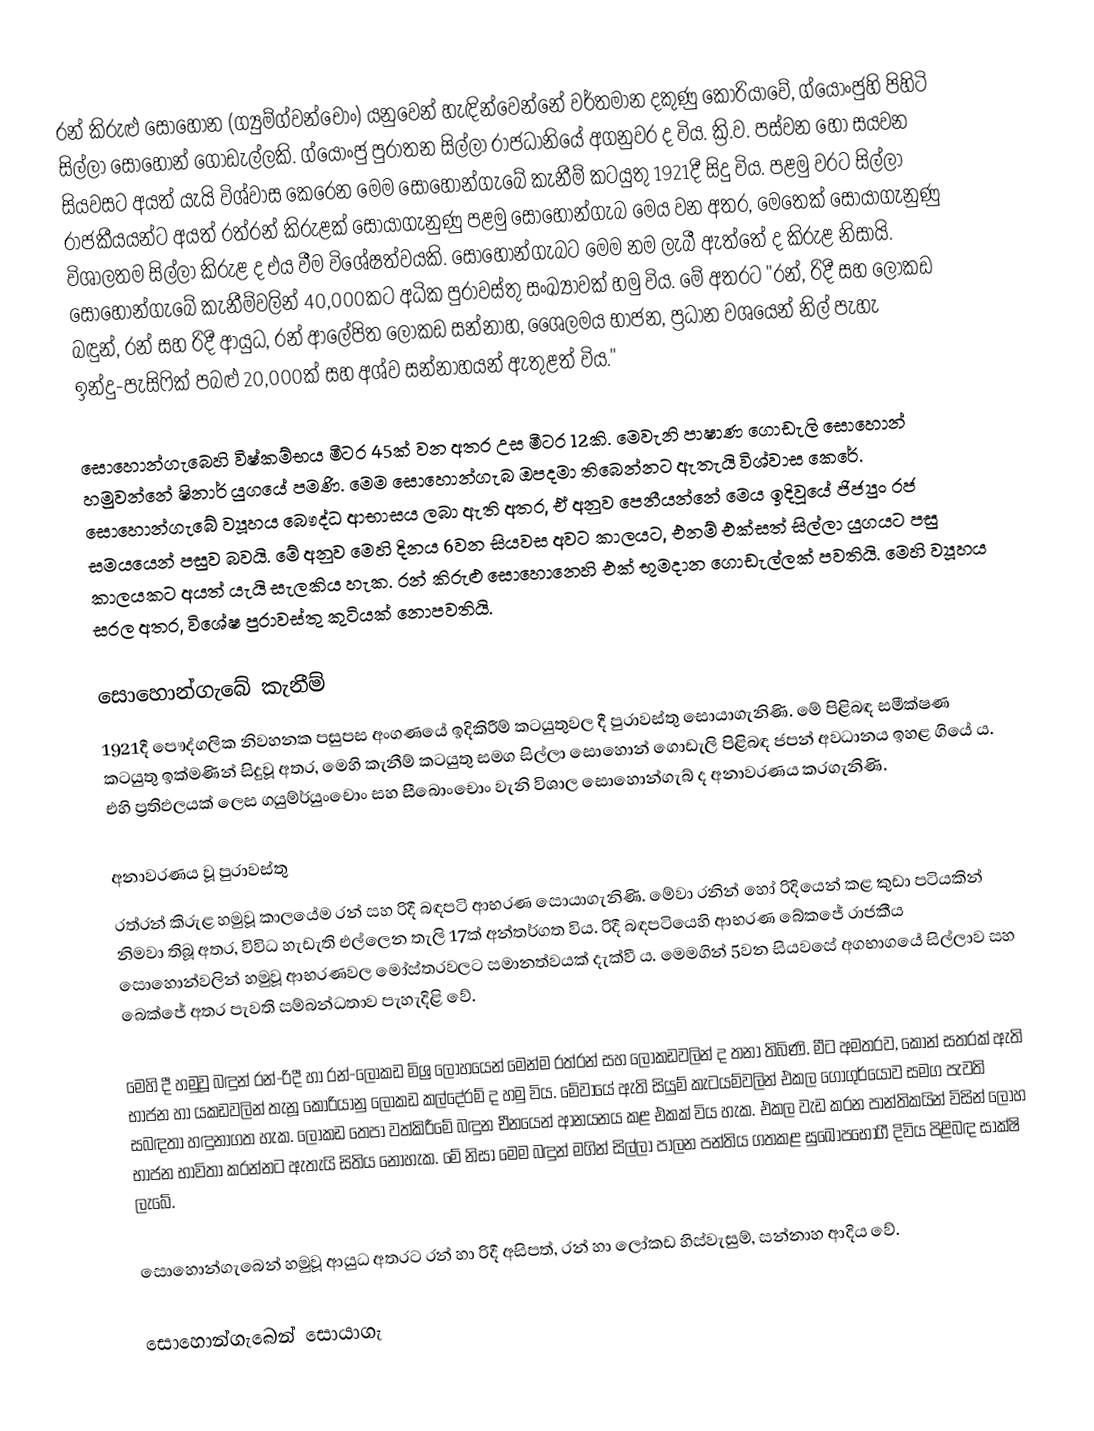
රන් කිරුළු සොහොන (ග්‍යුම්ග්වන්චොං) යනුවෙන් හැඳින්වෙන්නේ වර්තමාන දකුණු කොරියාවේ, ග්යොංජුහි පිහිටි සිල්ලා සොහොන් ගොඩැල්ලකි. ග්යොංජු පුරාතන සිල්ලා රාජධානියේ අගනුවර ද විය. ක්‍රි.ව. පස්වන හෝ සයවන සියවසට අයත් යැයි විශ්වාස කෙරෙන මෙම සොහොන්ගැබේ කැනීම් කටයුතු 1921දී සිදු විය. පළමු වරට සිල්ලා රාජකීයයන්ට අයත් රත්රන් කිරුළක් සොයාගැනුණු පළමු සොහොන්ගැබ මෙය වන අතර, මෙතෙක් සොයාගැනුණු විශාලතම සිල්ලා කිරුළ ද එය වීම විශේෂත්වයකි. සොහොන්ගැබට මෙම නම ලැබී ඇත්තේ ද කිරුළ නිසායි. සොහොන්ගැබේ කැනීම්වලින් 40,000කට අධික පුරාවස්තු සංඛ්‍යාවක් හමු විය. මේ අතරට "රන්, රිදී සහ ලෝකඩ බඳුන්, රන් සහ රිදී ආයුධ, රන් ආ‍ලේපිත ලෝකඩ සන්නාහ, ශෛලමය භාජන, ප්‍රධාන වශයෙන් නිල් පැහැ ඉන්දු-පැසිෆික් පබළු 20,000ක් සහ අශ්ව සන්නාහයන් ඇතුළත් විය."

සොහොන්ගැබෙහි විෂ්කම්භය මීටර 45ක් වන අතර උස මීටර 12කි. මෙවැනි පාෂාණ ගොඩැලි සොහොන් හමුවන්නේ ෂිනාර් යුගයේ පමණි. මෙම සොහොන්ගැබ ඔපදමා තිබෙන්නට ඇතැයි විශ්වාස කෙරේ. සොහොන්ගැබේ ව්‍යූහය බෞද්ධ ආභාසය ලබා ඇති අතර, ඒ අනුව පෙනීයන්නේ මෙය ඉදිවූයේ ජිජ්‍යුං රජ සමයයෙන් පසුව බවයි. මේ අනුව මෙහි දිනය 6වන සියවස අවට කාලයට, එනම් එක්සත් සිල්ලා යුගයට පසු කාලයකට අයත් යැයි සැලකිය හැක. රන් කිරුළු සොහොනෙහි එක් භූමදාන ගොඩැල්ලක් පවතියි. මෙහි ව්‍යූහය සරල අතර, විශේෂ පුරාවස්තු කුටියක් නොපවතියි.

සොහොන්ගැබේ කැනීම්
1921දී පෞද්ගලික නිවහනක පසුපස අංගණයේ ඉදිකිරීම් කටයුතුවල දී පුරාවස්තු සොයාගැනිණි. මේ පිළිබඳ සමීක්ෂණ කටයුතු ඉක්මණින් සිදුවූ අතර, මෙහි කැනීම් කටයුතු සමග සිල්ලා සොහොන් ගොඩැලි පිළිබඳ ජපන් අවධානය ඉහළ ගියේ ය. එහි ප්‍රතිඵලයක් ලෙස ගයුම්ර්යුංචොං සහ සීබොංචොං වැනි විශාල සොහොන්ගැබ් ද අනාවරණය කරගැනිණි.

අනාවරණය වූ පුරාවස්තු
රත්රන් කිරුළ හමුවූ කාලයේම රන් සහ රිදී බඳපටි ආභරණ සොයාගැනිණි. මේවා රනින් හෝ රිදියෙන් කළ කුඩා පටියකින් නිමවා තිබූ අතර, විවිධ හැඩැති එල්ලෙන තැලි 17ක් අන්තර්ගත විය. රිදී බඳපටියෙහි ආභරණ බේකජේ රාජකීය සොහොන්වලින් හමුවූ ආභරණවල මෝස්තරවලට සමානත්වයක් දැක්වී ය. මෙමගින් 5වන සියවසේ අගභාගයේ සිල්ලාව සහ බෙක්ජේ අතර පැවති සම්බන්ධතාව පැහැදිළි වේ.

මෙහි දී හමුවූ බඳුන් රන්-රිදී හා රන්-‍ලෝකඩ මිශ්‍ර ලෝහයෙන් මෙන්ම රත්රන් සහ ලෝකඩවලින් ද තනා තිබිණි. මීට අමතරව, කොන් සතරක් ඇති භාජන හා යකඩවලින් තැනූ කොරියානු ලෝකඩ කල්දේරම් ද හමු විය. මේවායේ ඇති සියුම් කැටයම්වලින් එකල ගොගුර්යෝව සමග පැවති සබඳතා හඳුනාගත හැක. ලෝකඩ තෙපා වත්කිරීමේ බඳුන චීනයෙන් ආනයනය කළ එකක් විය හැක. එකල වැඩ කරන පාන්තිකයින් විසින් ලෝහ භාජන භාවිතා කරන්නට ඇතැයි සිතිය නොහැක. මේ නිසා මෙම බඳුන් මගින් සිල්ලා පාලන පන්තිය ගතකළ සුඛෝපභෝගී දිවිය පිළිබඳ සාක්ෂි ලැබේ.

සොහොන්ගැබෙන් හමුවූ ආයුධ අතරට රන් හා රිදී අසිපත්, රන් හා ලෝකඩ හිස්වැසුම්, සන්නාහ ආදිය වේ.

සොහොන්ගැබෙන් සොයාගැ